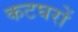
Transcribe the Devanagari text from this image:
कटघरों